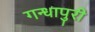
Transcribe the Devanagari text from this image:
गन्धापुरी